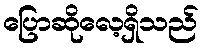
ပြောဆိုလေ့ရှိသည်